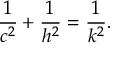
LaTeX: { \frac { 1 } { c ^ { 2 } } } + { \frac { 1 } { h ^ { 2 } } } = { \frac { 1 } { k ^ { 2 } } } .